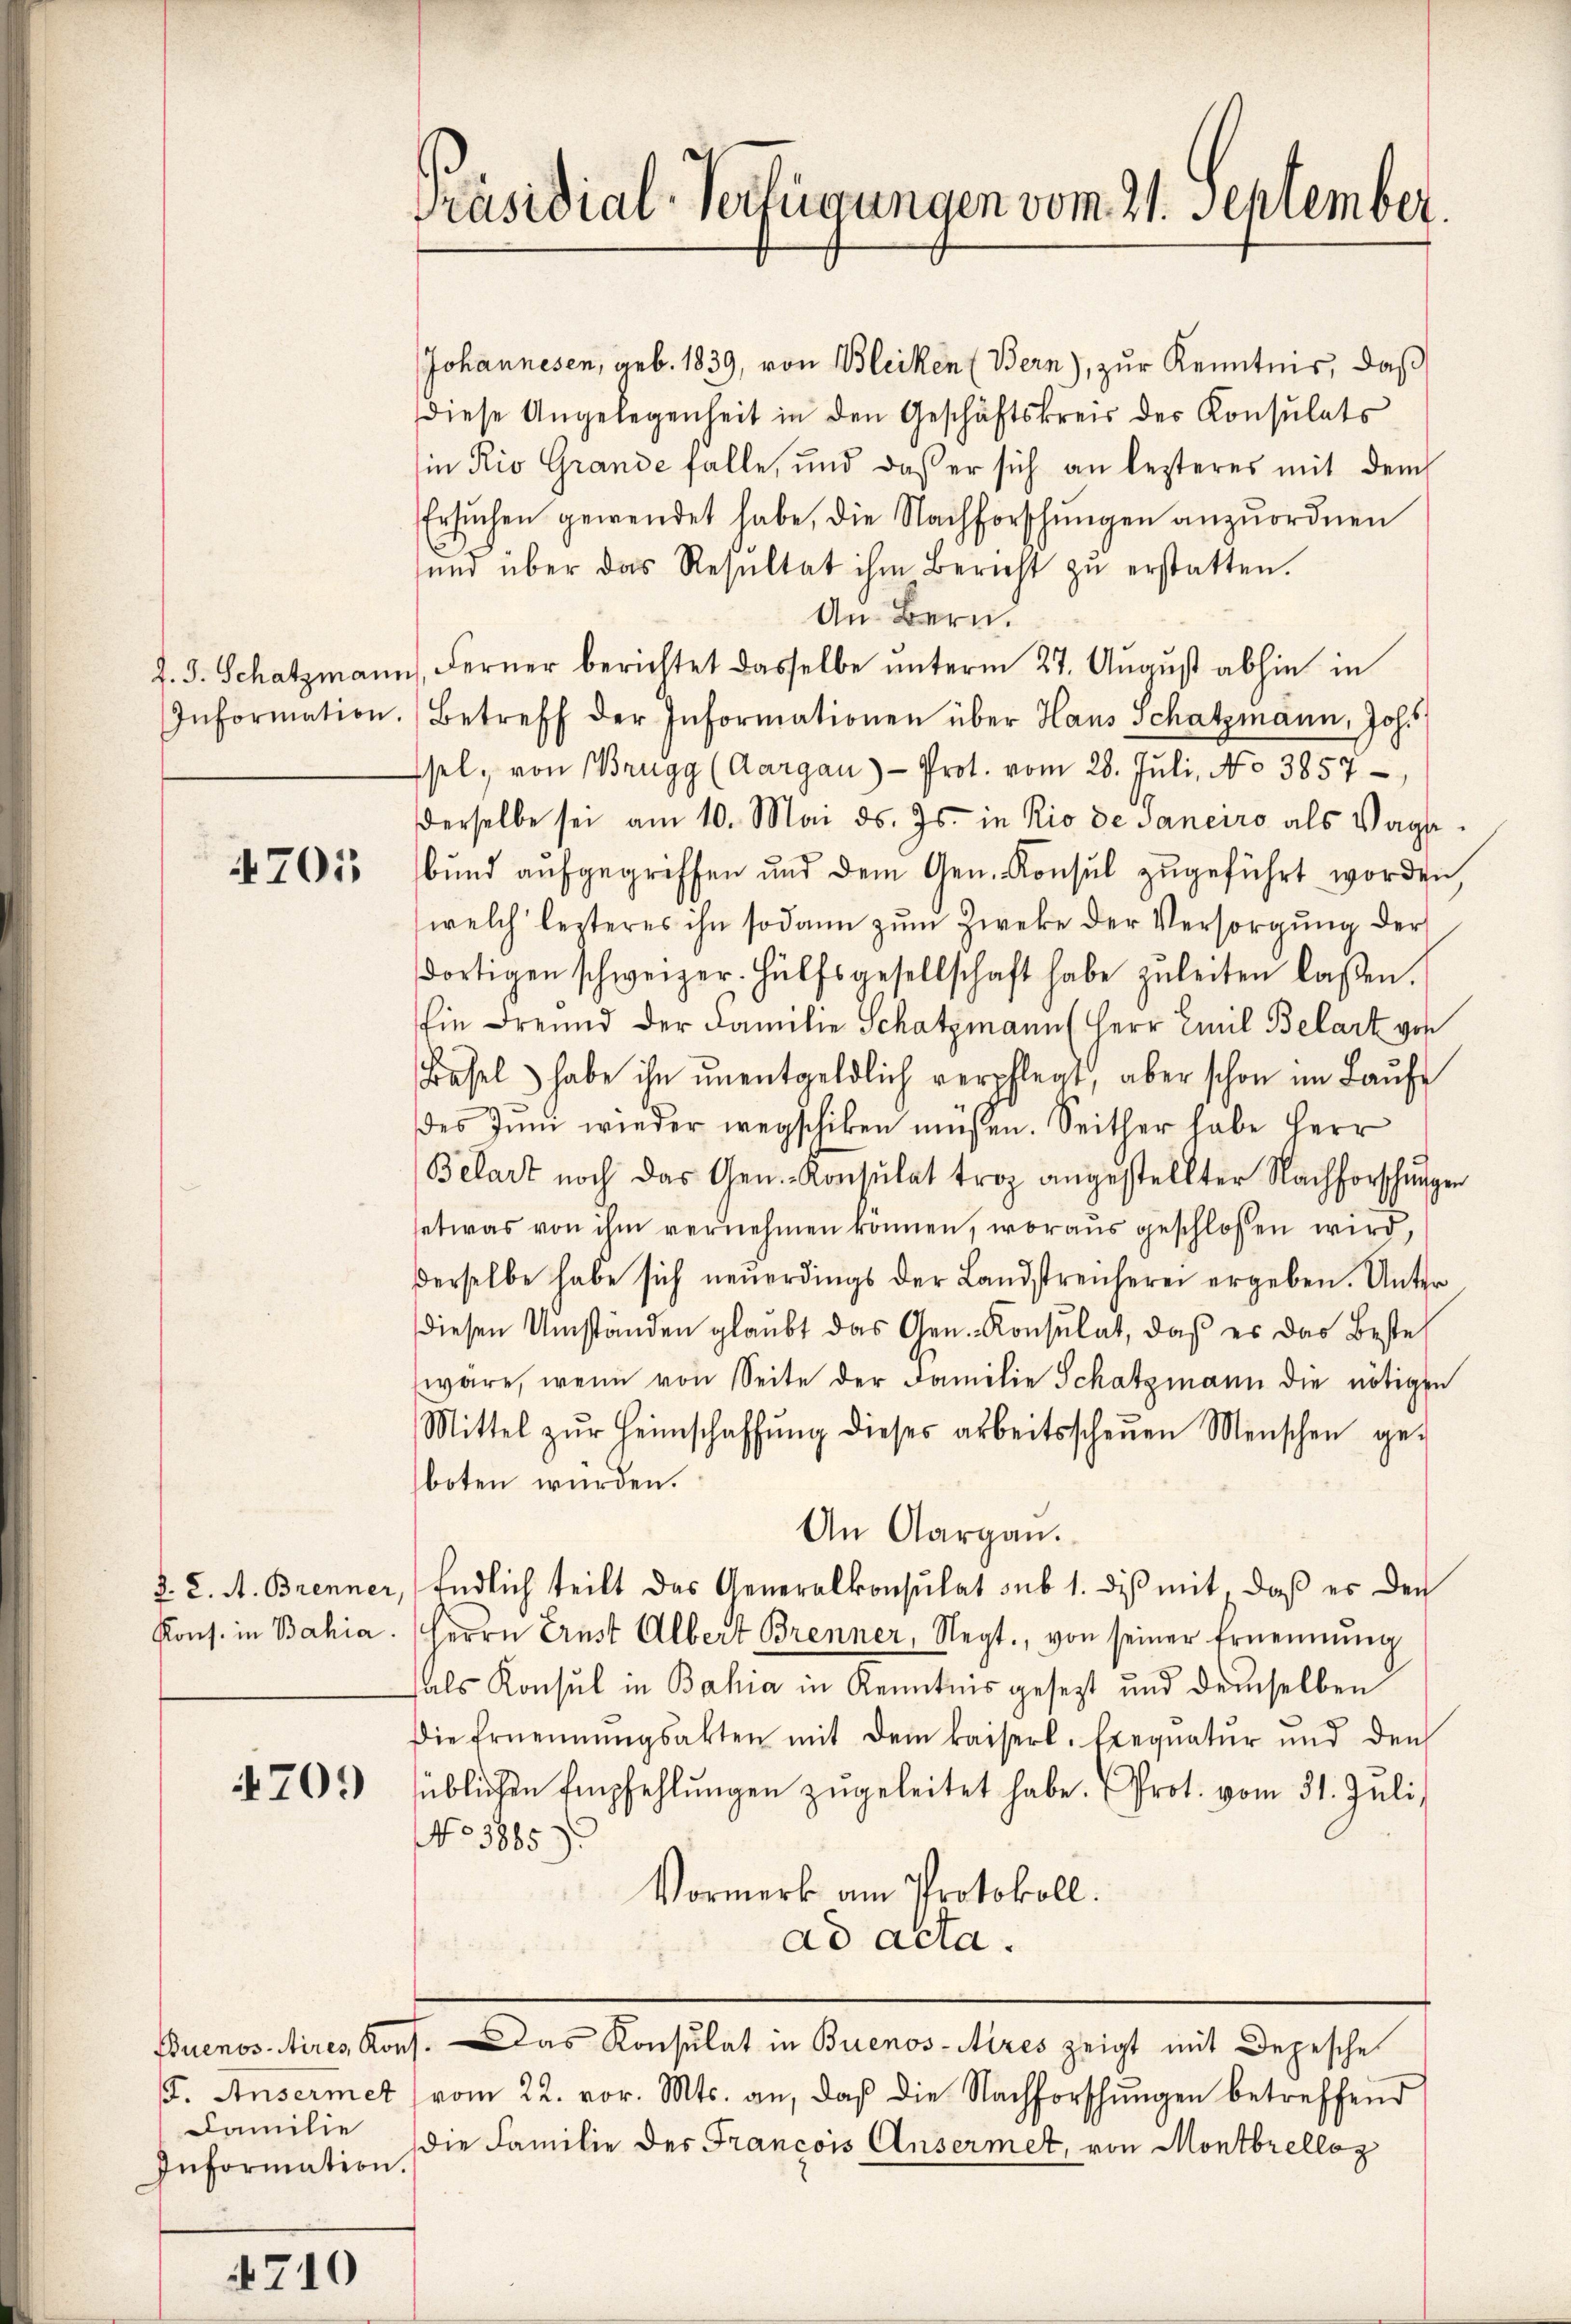
Information.

4701

§. 8. A. Brenner,
Kons. in Bahia.

4709

/I. Ansermet
Familie
Information.

710

Präsidial-Verfügungen vom 21. September.

Johannesen, geb. 1839, von Bleiken (Bern), zur Kenntnis, daß
diese Angelegenheit in den Geschäftskreis der Konsulats
in Rio Grande falle, und daß er sich an lezteres mit dem
Ersuchen gewendet habe, die Nachforschungen anzuordnen
und über das Resultat ihm Bericht zŭ erstatten.
An Bern.
J. J. Schatzmann, Ferner berichtet dasselbe unterm 27. August abhin in
Betreff der Informationen über Haus Schatzmann, Joh.
sel, von Brugg (Aargau) - Prot. vom 28. Juli, No 3857
derselbe sei am 10. Mai d. Js. in Rio de Janeiro als Vagse
bund aufgegriffen und dem Gen. Konsul zugeführt worden
welch lezteres ihn sodann zum Zwecke der Versorgung der
dortigen schweizer. Hülfsgesellschaft habe zuleiten lassen.
Ein Freund der Familie Schatzmann (Herr Emil Belart von
Basel habe ihn unentgeldlich verpflegt, aber schon im Laŭfe
des Jŭni wieder wegschiken müssen. Seither habe Herr
Belart noch das Gen. Konsulat trop angestellter Nachforschungen
etwas von ihm vernehmen können, woraus geschlossen wird,
derselbe habe sich neuerdings der Landstreicherei ergeben. Unter
diesen Umständen glaubt das Gen. Konsulat, daß es das Bestel
wäre, wenn von Seite der Familie Schatzmann die nötigen
Mittel zŭr Heimschaffŭng dieses arbeitsscheuen Menschen ge-
boten würden.
An Aargau.
Endlich teilt das Generalkonsulat sub 1. diβ mit, daβ er den
Herrn Ernst Albert Brenner, Negt., von seiner Ernennung
als Konsul in Bahia in Kenntnis gesezt und demselben
Die Ernennungsakten mit dem kaiserl. Exequatŭr ŭnd den
süblichen Empfehlŭngen zugeleitet habe. Prot. vom 31. Juli
No 3885)
Vormerk am Protokoll.
ad acta.
Buenos Aires, Kons. Das Konsulat in Buenos-Aires zeigt mit Depesche
vom 22. vor. Mts. an, daß die Nachforschŭngen betreffend
die Familie des Francois Ansermet, von Montbrelloz